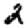
Digit: 2